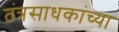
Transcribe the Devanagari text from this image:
तंत्रसाधकांच्या